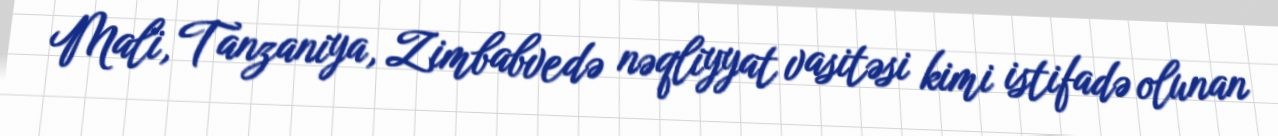
Mali, Tanzaniya, Zimbabvedə nəqliyyat vasitəsi kimi istifadə olunan